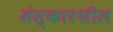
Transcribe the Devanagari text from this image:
संस्कारशील